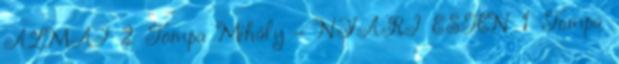
ÁLMAI 2 Tompa Mihály - NYÁRI ESTÉN 1 Tompa